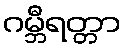
ဂမ္ဘီရတ္တာ